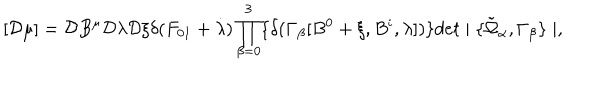
[ { \cal D } \mu ] = { \cal D } B ^ { \mu } { \cal D } \lambda { \cal D } \xi \delta ( F _ { 0 1 } + \dot { \lambda } ) \prod _ { \beta = 0 } ^ { 3 } \{ \delta ( \Gamma _ { \beta } [ B ^ { 0 } + \xi , B ^ { i } , \lambda ] ) \} d e t \mid \{ \tilde { \Omega } _ { \alpha } , \Gamma _ { \beta } \} \mid ,